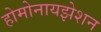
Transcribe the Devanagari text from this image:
होमोनायझेशन